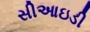
સીઆઇડી